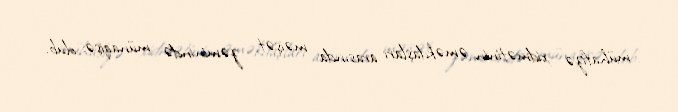
mühafizə xidmətinin əməkdaşları arasında məişət zəminində münaqişə olub.